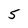
Character: 5